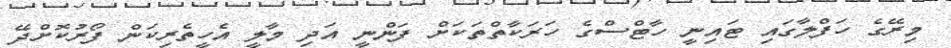
މިރޭގެ ހަފްލާގައި ޓައިނީ ހާޓްސްގެ ހަރަކާތްތަކަށް ފަންނީ އަދި މާލީ އެހީތެރިކަން ފޯރުކޮށްދޭ